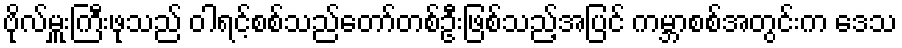
ဗိုလ်မှူးကြီးဖုသည် ဝါရင့်စစ်သည်တော်တစ်ဦးဖြစ်သည့်အပြင် ကမ္ဘာစစ်အတွင်းက ဒေသ